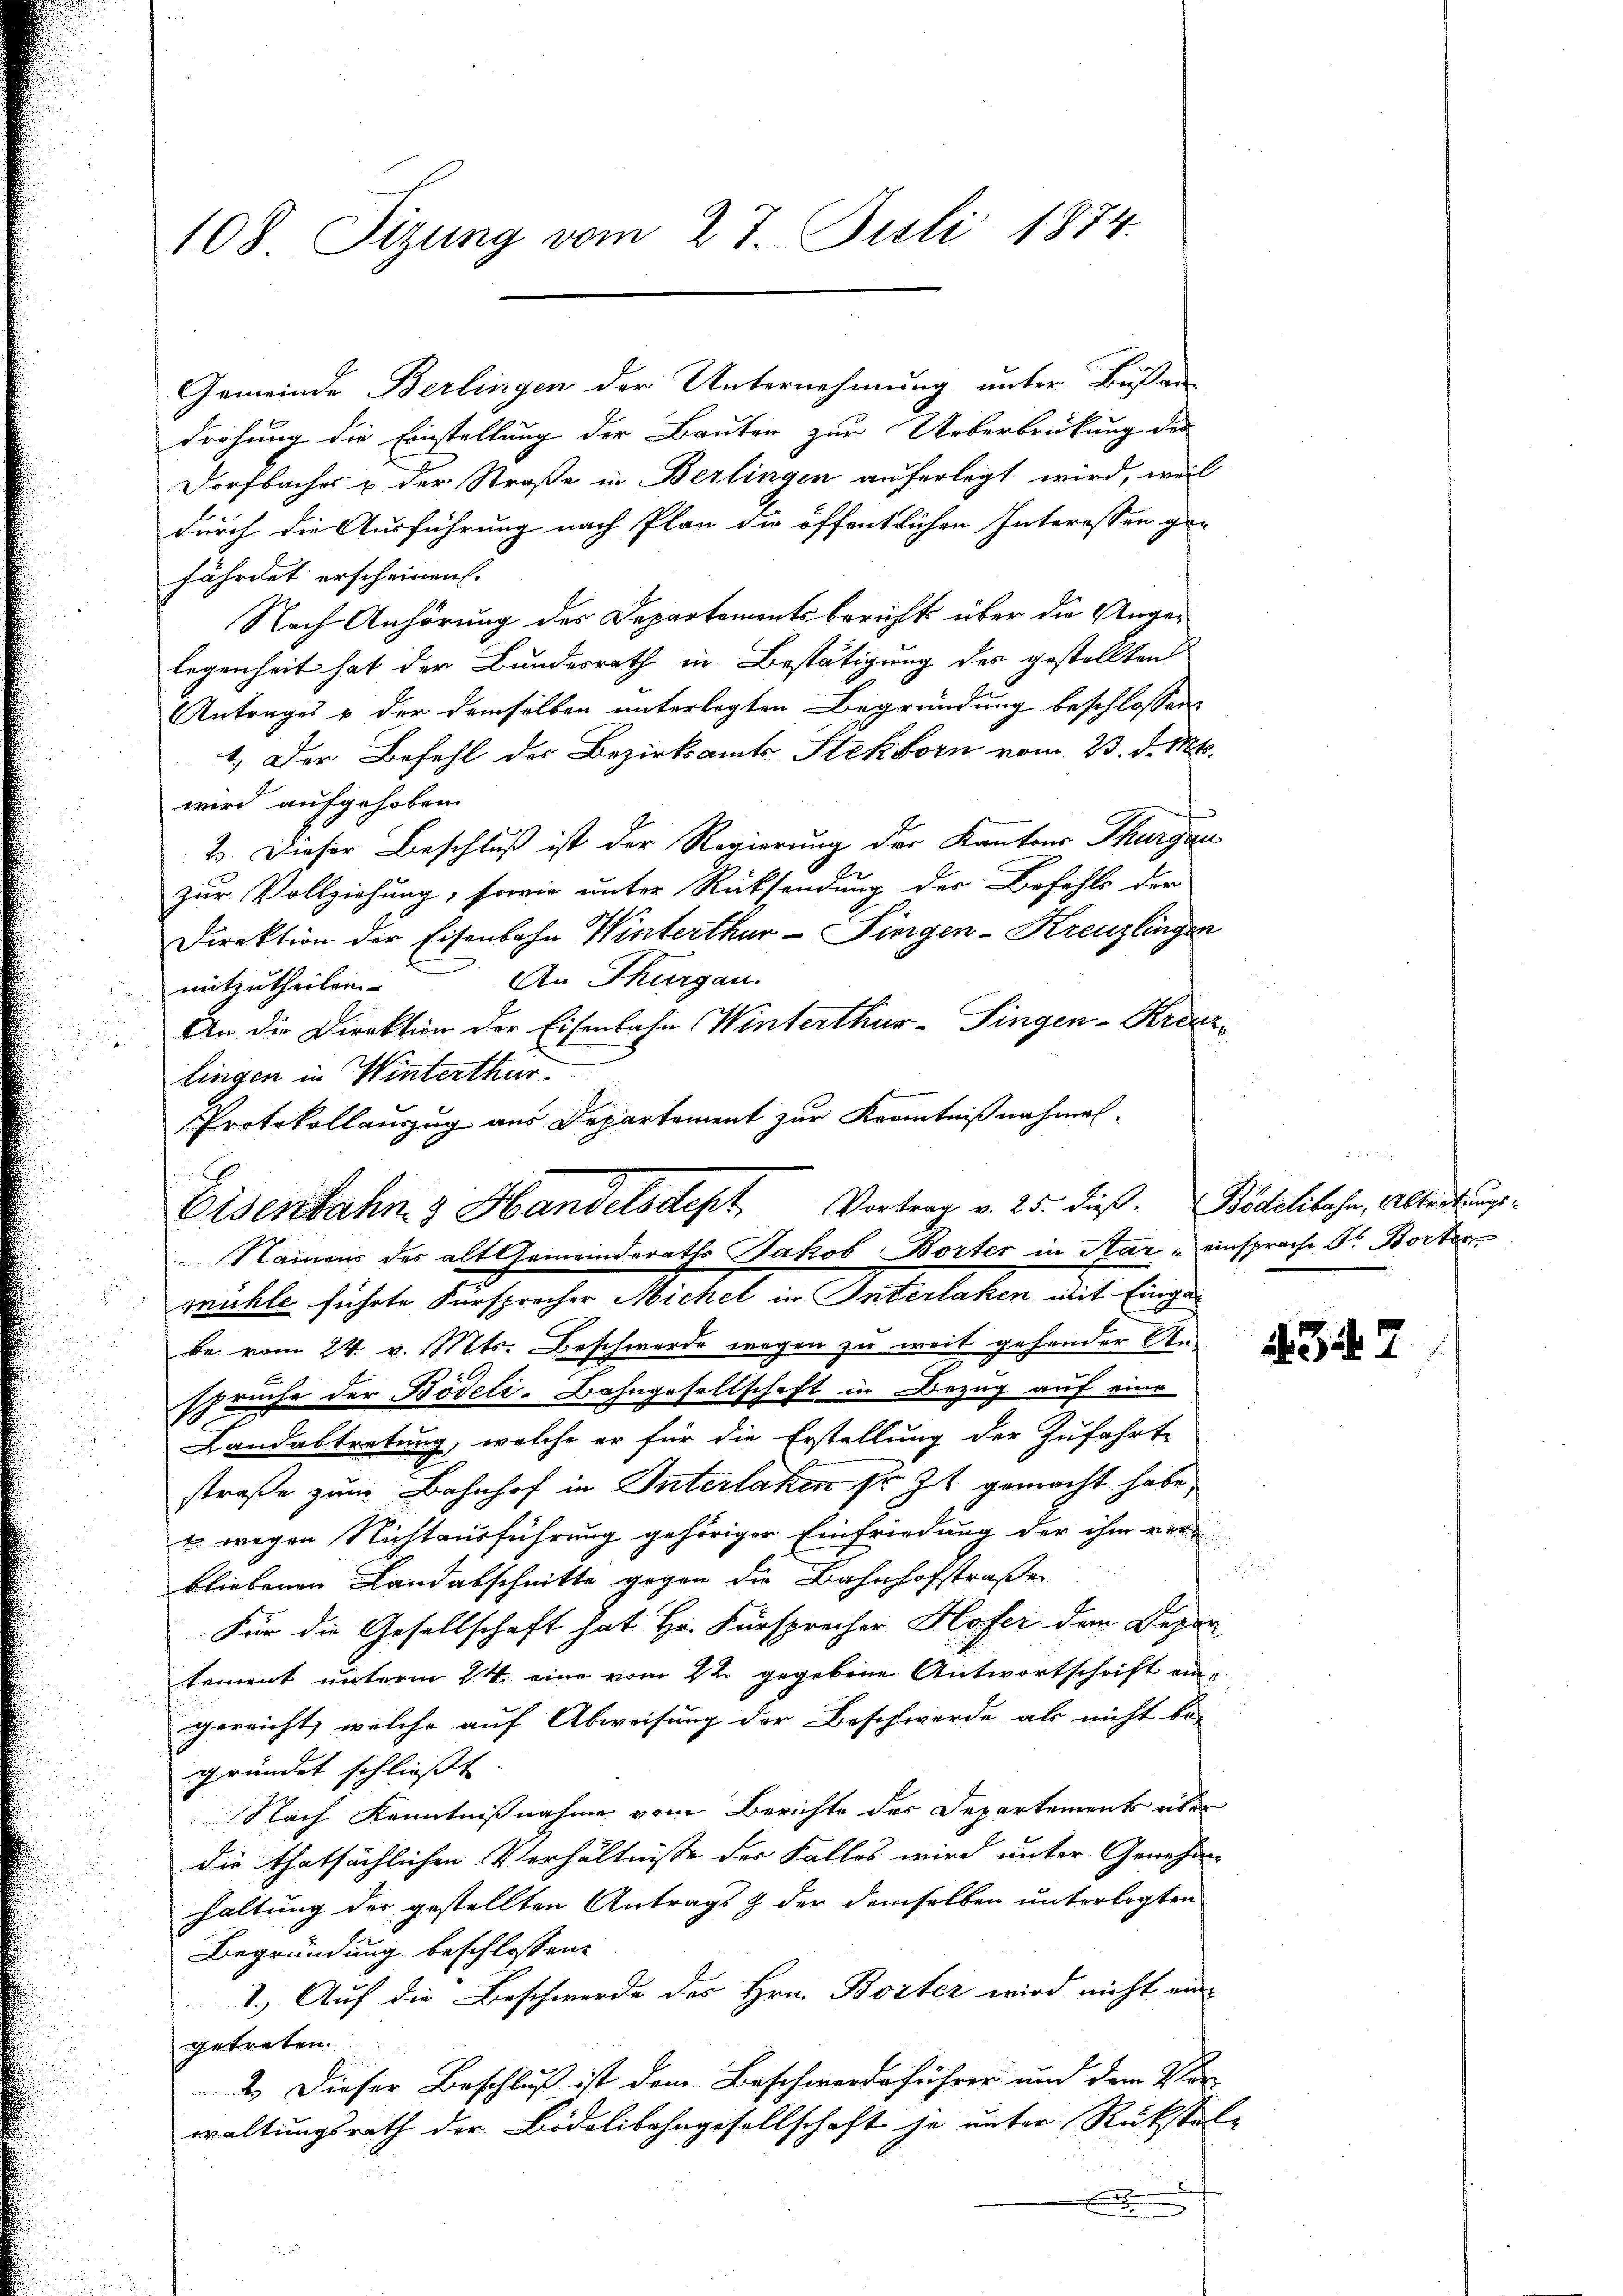
a

108. Sizung vom 27. Juli 1874.

Gemeinde Berlingen der Unternehmung unter Busar-
drohung die Einstellung der Bauten zur Ueberbrückung des
Dorfbaches & der Straße in Berlingen auferlegt wird, weil
durch die Ausführung nach Plan die öffentlichen Interessen ge-
fährdet erscheinen.
Nach Anhörung des Departementsbericht über die Angelegenheit hat der Bundesrath in Bestätigung des gestellten
Antrages & der demselben unterlegten Begründung beschlossen:
1. Der Befehl des Bezirksamts Stekborn vom 23. d. Mt.
wird aufgehoben.
2.) Dieser Beschluß ist der Regierung der Kantons Thurgau
zur Vollziehung, sowie unter Rücksendung der Befehls der
Direktion der Eisenbahn Winterthur-Fingen-Kreuzlingen
An Thurgau.
mitzutheilen.
An die Direktion der Eisenbahn Winterthur–Singen-Kraerlingen in Winterthur.
mühle führte Fürsprocher Michel in Interlaken mit Eingebe vom 24. v. Mts. Beschwerde wegen zu weit gehender Ansprüche der Bodeli-Bahngesellschaft in Bezug auf eine
Landabtretung, welche er für die Erstellung der Zufahrte
straße zum Bahnhof in Interlaken sr. Zt. gemacht habe,
 wegen Nichtausführung gehöriger Einfriedung der ihm ver¬
.
bliebenen Landabschnitte gegen die Bahnhofstraße
Für die Gesellschaft hat Hr. Fürsprecher Hofer den Depar
tement unterm 24. eine vom 22. gegebene Antwortschrift eingereicht, welche auf Abweisung der Beschwerde als nicht be-
gründet schließt
Nach Kenntnißnahme vom Berichte des Departements über
die thatsächlichen Verhältnisse der Falles wird unter Genehmhaltung der gestellten Antrags & der demselben unterlegten
Begründung beschlossene
1.) Auf die Beschwerde des Hrn. Borter wird nicht ein-
getreten.
2.) Dieser Beschluß ist dem Beschwerdeführer und dem Vor-
waltungsrath der Bodolibahngesellschaft je unter Rückstel-
.

Protokollauszug aus Departement zur Kenntnißnahmel-
Eisenbahn & Handelsdept Vortrag v. 25. dieß. Bödelibahn, Abteilungs¬
Namens des alt Gemeinderaths Jakob Borter in Aar - einsprache Dr. Borter

4347